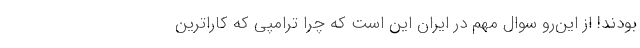
بودند! از این‌رو سوال مهم در ایران این است که چرا ترامپی که کاراترین